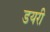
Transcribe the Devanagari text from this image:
डयरी